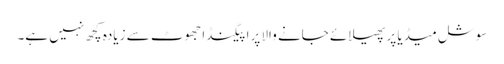
سوشل میڈیا پر پھیلائے جانے والا پراپیگنڈا جھوٹ سے زیادہ کچھ نہیں ہے۔